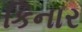
કિનાર